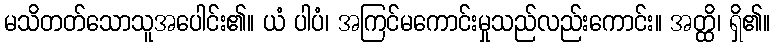
မသိတတ်သောသူအပေါင်း၏။ ယံ ပါပံ၊ အကြင်မကောင်းမှုသည်လည်းကောင်း။ အတ္ထိ၊ ရှိ၏။